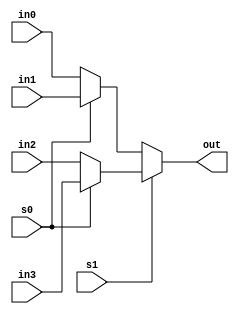
//////////////////////////////////////////////////////////////////
//  Author Name: Jyoti Prasad Kurmi                             //
//  Project: One-bit comparator.                                //
//                                                              //
//////////////////////////////////////////////////////////////////
///////////////////////////////////////////////////////////////////////////////////////////////////////
//1 bit comparator ,in 1-bit comparator we provide two 1 bit value and it will get compared that it is if greater, lesser or equal to
///////////////////////////////////////////////////////////////////////////////////////////////////////

module mux4X1( in0,in1,in2,in3,s1,s0,out);
input in0,in1,in2,in3;
input   s1,s0;
output  out;
assign out = s1 ? (s0 ? in3 : in2) : (s0 ? in1 : in0);
  //if sel1 is 1 then s0 will be selected and if s0 is 0 then in0 will be selected else in1
  //if sel1 is 0 then s0 will be selected and if s0 is 0 then in2 will be selected else in3

endmodule


module comparator(a,b,greater,lesser,equal);
input a,b;
output  greater,lesser,equal;
    //important to provide instance name or else will get error
  //(vopt-13259) Missing instance name in instantiation of module/program/interface


mux4X1 mux1(1'b0,1'b1,1'b0,1'b0,a,b,lesser);
mux4X1 mux2(1'b1,1'b0,1'b0,1'b1,a,b,equal);
mux4X1 mux3(1'b0,1'b0,1'b1,1'b0,a,b,greater);

endmodule